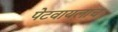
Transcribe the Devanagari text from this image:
पेटवायलाच